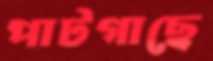
পাটগাছে